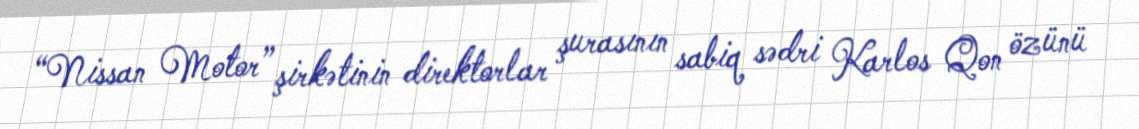
“Nissan Motor” şirkətinin direktorlar şurasının sabiq sədri Karlos Qon özünü